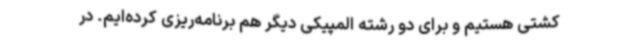
کشتی هستیم و برای دو رشته المپیکی دیگر هم برنامه‌ریزی کرده‌ایم. در